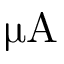
\upmu \mathrm { A }